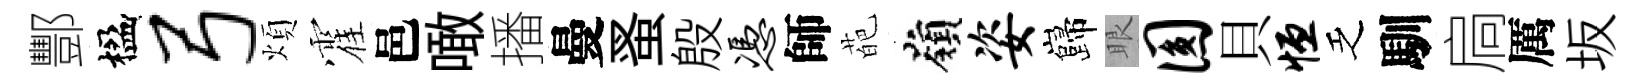
酆楹弓煩霍邑噉播曼蚤殷凭師葩嶺姿巋眼圆貝恒乏馴扃厲坂